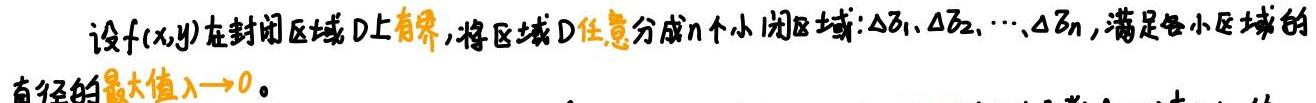
设$f(x,y)$在封闭区域$D$上有界，将区域$D$任意分成$n$个小闭区域：$\Delta \sigma_1,\Delta \sigma_2,\cdots,\Delta \sigma_n$，满足各小区域的直径的最大值$\lambda \to 0$。